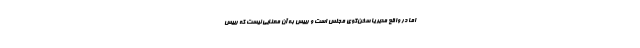
اما در واقع مدیر یا سخن‌گوی مجلس است و رییس به آن معنایی نیست که رییس